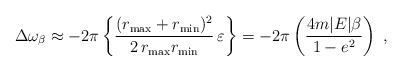
\begin{align*}\Delta\omega_{\beta}\approx -2\pi\left\{ \frac{(r_{\max} + r_{\min})^2}{2\,r_{\max} r_{\min}}\, \varepsilon \right\}= -2\pi\left( \frac{ 4 m|E|\beta }{ 1-e^2 } \right)\;,\end{align*}